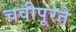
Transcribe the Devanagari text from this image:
चवीपूरते